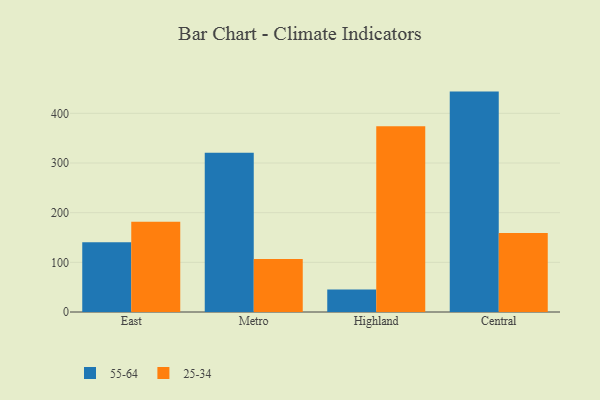
{"axis": {"x": "Region", "y": "Shipments"}, "legend": ["25-34", "55-64"], "data": [{"x": "East", "y": 140.2, "type": "55-64"}, {"x": "East", "y": 181.5, "type": "25-34"}, {"x": "Metro", "y": 320.6, "type": "55-64"}, {"x": "Metro", "y": 106.5, "type": "25-34"}, {"x": "Highland", "y": 45.5, "type": "55-64"}, {"x": "Highland", "y": 374.2, "type": "25-34"}, {"x": "Central", "y": 443.8, "type": "55-64"}, {"x": "Central", "y": 159.2, "type": "25-34"}]}